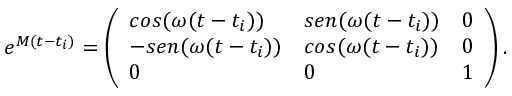
e ^ { M ( t - t _ { i } ) } = \left( \begin{array} { l l l } { { c o s ( \omega { } ( t - t _ { i } ) ) } } & { { s e n ( \omega { } ( t - t _ { i } ) ) } } & { { 0 } } \\ { { - s e n ( \omega { } ( t - t _ { i } ) ) } } & { { c o s ( \omega { } ( t - t _ { i } ) ) } } & { { 0 } } \\ { { 0 } } & { { 0 } } & { { 1 } } \end{array} \right) .